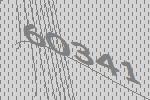
60341